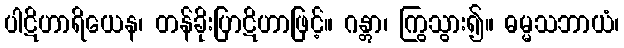
ပါဋိဟာရိယေန၊ တန်ခိုးပြာဋိဟာဖြင့်။ ဂန္တွာ၊ ကြွသွား၍။ ဓမ္မသဘာယံ၊